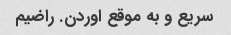
سریع و به موقع اوردن. راضیم